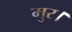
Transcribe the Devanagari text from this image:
मुर।